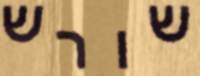
שורש